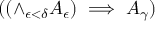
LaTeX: ( ( \land _ { \epsilon < \delta } { A _ { \epsilon } } ) \implies A _ { \gamma } )